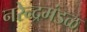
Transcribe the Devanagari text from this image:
नरेन्द्रमंडळ